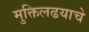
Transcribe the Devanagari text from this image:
मुक्तिलढयाचे